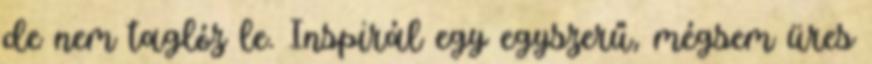
de nem taglóz le. Inspirál egy egyszerű, mégsem üres